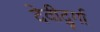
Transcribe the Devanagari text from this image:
देवीदुर्गा